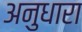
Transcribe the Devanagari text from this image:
अनुधारा